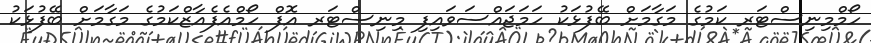
ހޯމްމިނިސްޓަރ ކަމުގެ މަގާމަށް ބޭފުޅަކު ހަމަޖައްސަވައިފި މިނިސްޓަރ އޮފް ހޯމްއެފެއާޒްކަމުގެ މަގާމަށް ބޭފުޅަކު